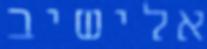
אלישיב